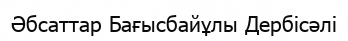
Әбсаттар Бағысбайұлы Дербісәлі